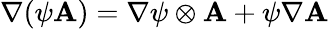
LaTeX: \nabla(\psi\mathbf{A})=\nabla\psi\otimes\mathbf{A}+\psi\nabla\mathbf{A}